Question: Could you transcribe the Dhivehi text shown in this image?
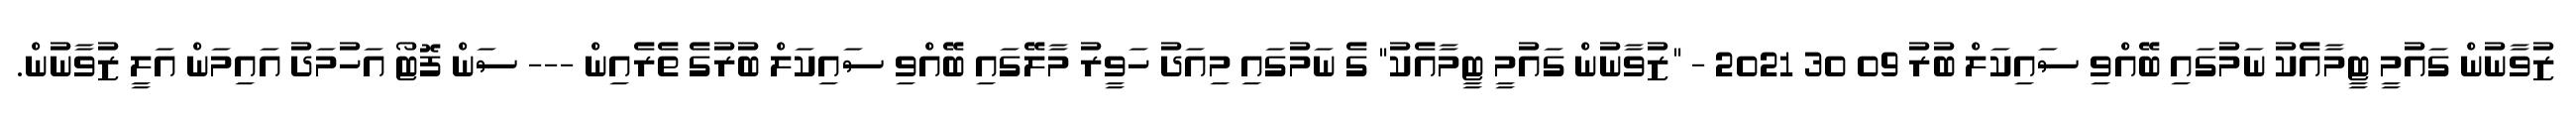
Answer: ޒުވާނުން ގައުމީ ޓީމާއެކު ނަމުގައި ބޭއްވި ސައިކަލް ބުރު 09 30 2021 - "ޒުވާނުން ގައުމީ ޓީމާއެކު" ގެ ނަމުގައި މިއަދު ހަވީރު މާލޭގައި ބޭއްވި ސައިކަލް ބުރުގެ ތެރެއިން --- ސަން ފޮޓޯ އަހުމަދު އައިމަން އަލީ ޒުވާނުން.